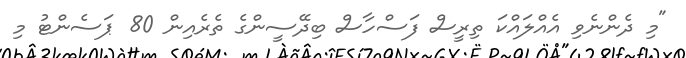
"މި ދެންނެވި އެއްލައްކަ ތިރީސް ފަސްހާސް ބިދޭސީންގެ ތެރެއިން 80 ޕަސެންޓު މި